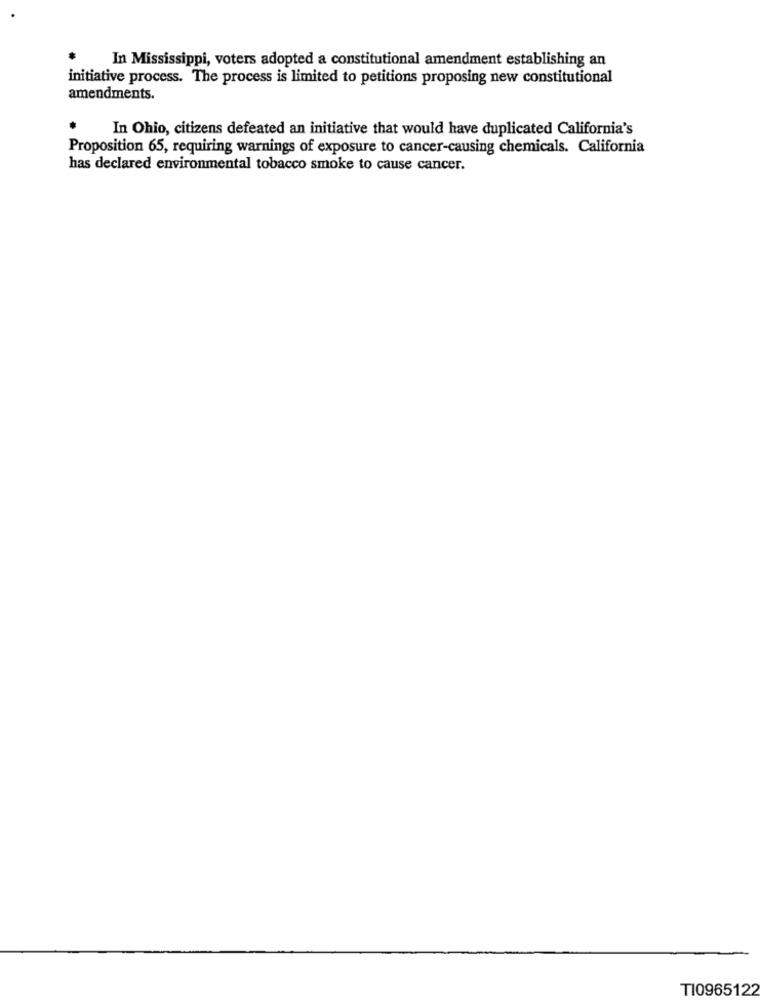
In Mississippi, voters adopted a constitutional amendment establishing an
initiative process. The process is limited to petitions proposing new constitutional
amendments.
In Ohio, citizens defeated an initiative that would have duplicated California's
Proposition 65, requiring warnings of exposure to cancer-causing chemicals. California
has declared environmental tobacco smoke to cause cancer.
TI0965122